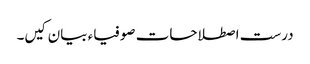
درست اصطلاحات صوفیاء بیان کیں۔